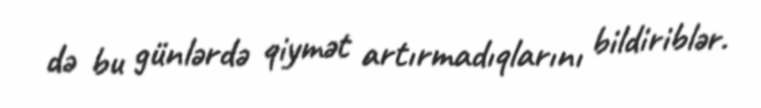
də bu günlərdə qiymət artırmadıqlarını bildiriblər.